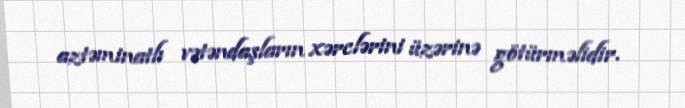
aztəminatlı vətəndaşların xərclərini üzərinə götürməlidir.